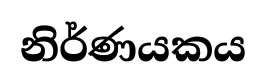
නිර්ණයකය